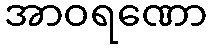
အာဝရဏော